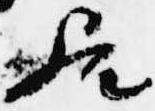
歟